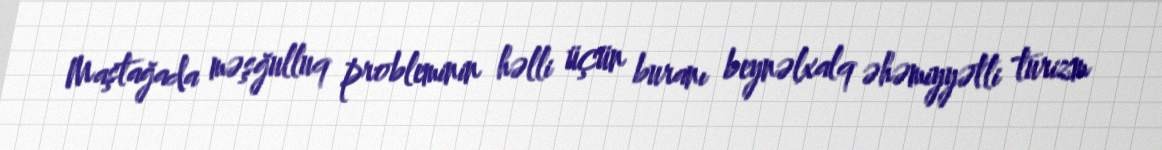
Maştağada məşğulluq probleminin həlli üçün buranı beynəlxalq əhəmiyyətli turizm